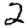
Digit: 2